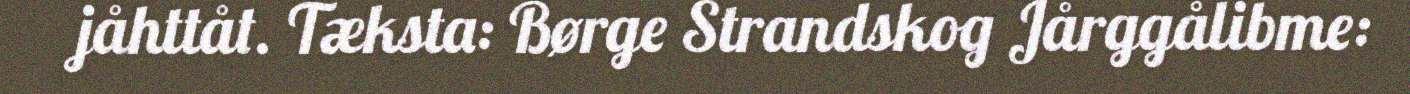
jåhttåt. Tæksta: Børge Strandskog Jårggålibme: